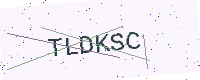
Text: TLDKSC